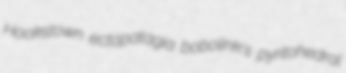
Hookstown ectopatagia bobolink's pyritohedral